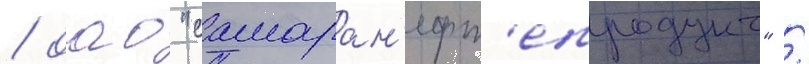
/ оао "самаран'ефт'епродукт" /